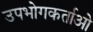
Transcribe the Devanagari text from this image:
उपभोगकर्ताओ